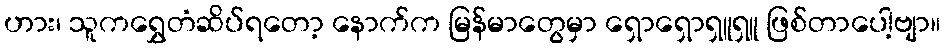
ဟား၊ သူကရွှေတံဆိပ်ရတော့ နောက်က မြန်မာတွေမှာ ရှောရှောရှူရှူ ဖြစ်တာပေါ့ဗျာ။